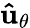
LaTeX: \mathbf{{\hat{u}}_{\theta}}